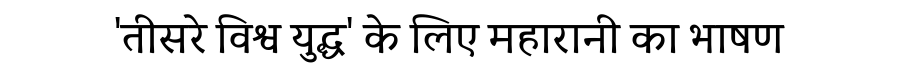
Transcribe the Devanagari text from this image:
'तीसरे विश्व युद्ध' के लिए महारानी का भाषण